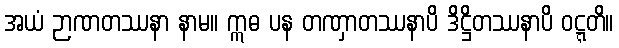
အယံ ဉာဏတဿနာ နာမ။ ဣဓ ပန တဏှာတဿနာပိ ဒိဋ္ဌိတဿနာပိ ဝဋ္ဋတိ။